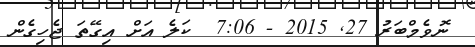
ނޮވެމްބަރު 27